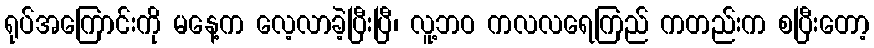
ရုပ်အကြောင်းကို မနေ့က လေ့လာခဲ့ပြီးပြီ၊ လူ့ဘဝ ကလလရေကြည် ကတည်းက စပြီးတော့